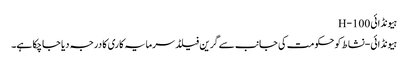
ہیونڈائی H-100
ہیونڈائی-نشاط کو حکومت کی جانب سے گرین فیلڈ سرمایہ کاری کا درجہ دیا جاچکا ہے۔